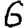
Digit: 6